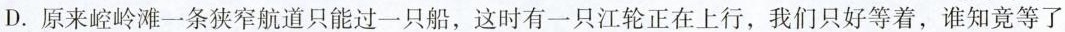
D.原来崆岭滩一条狭窄航道只能过一只船，这时有一只江轮正在上行，我们只好等着，谁知竟等了